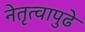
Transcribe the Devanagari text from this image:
नेतृत्वापुढे